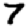
Digit: 7